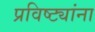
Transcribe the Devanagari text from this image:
प्रविष्ट्यांना